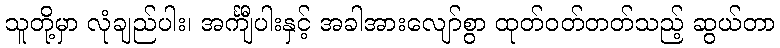
သူတို့မှာ လုံချည်ပါး၊ အင်္ကျီပါးနှင့် အခါအားလျော်စွာ ထုတ်ဝတ်တတ်သည့် ဆွယ်တာ